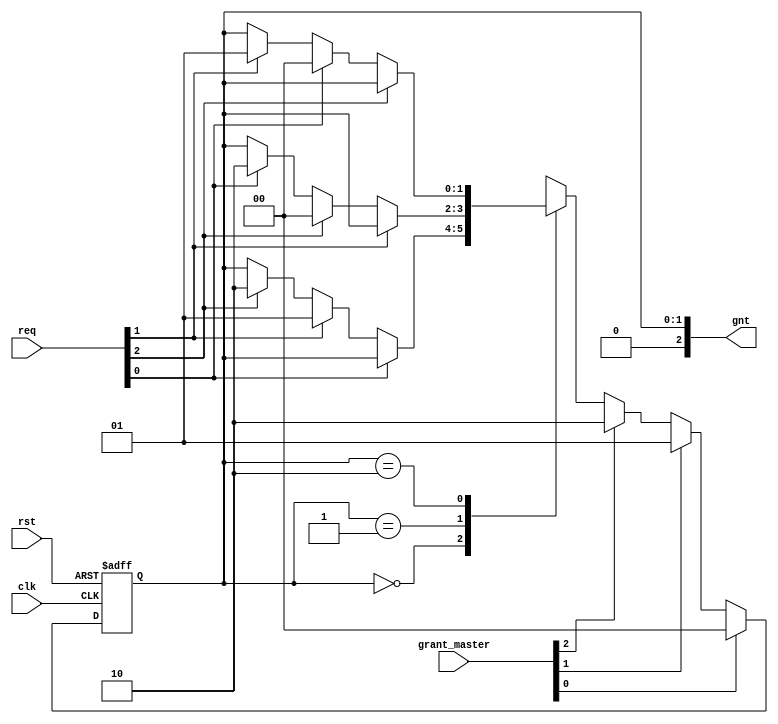
`timescale 1ns / 1ps
//////////////////////////////////////////////////////////////////////////////////
// Company: 
// Engineer: 
// 
// Design Name: 
// Module Name:    wb_conbus_arb 
// Project Name: 
// Target Devices: 
// Tool versions: 
// Description: 
//
// Dependencies: 
//
// Revision: 
// Revision 0.01 - File Created
// Additional Comments: 
//
//////////////////////////////////////////////////////////////////////////////////


module wb_conbus_arb(
		clk, rst, req, gnt, grant_master
    );

input		clk;
input		rst;
input	[2:0]	req;		// Req input
output	[2:0]	gnt; 		// Grant output
//input		next;		// Next Target
input [2:0] grant_master;

parameter	[1:0] grant0 = 3'h0, grant1 = 3'h1, grant2 = 3'h2;

reg [1:0]	state, state_next;

assign	gnt = state;

always@(posedge clk or posedge rst)
	if(rst)		
		state <= grant0;
	else		
		state <= state_next;

///////////////////////////////////////////////////////////////////////
//
// Next State Logic
//   - implements priority arbitration algorithm
//   - switches grant if current req is dropped or next is asserted
//   - parks at last grant
//

always@(state,req, grant_master)
   begin
	state_next = state;	// Default Keep State

	if(grant_master[0])
		begin
			state_next = grant0;
		end
	else
		if(grant_master[1])
			begin
				state_next = grant1;
			end
		else
			if(grant_master[2])
				begin
					state_next=grant2;
				end
			else
					case(state)		// synopsys parallel_case full_case
						grant0:     //high priority
							// if this req is dropped or next is asserted, check for other req's
							if(!req[0] )
								begin
								if(req[1])	state_next = grant1; //medium priority
								else
								if(req[2])	state_next = grant2; //low priority
								end
							grant1:
							// if this req is dropped or next is asserted, check for other req's
							if(!req[1] )  //medium priority
								begin
								if(req[2])	state_next = grant0; //high priority
								else
								if(req[0])	state_next = grant2; //low priority
								end
							grant2:
							// if this req is dropped or next is asserted, check for other req's
							if(!req[2] ) //low priority
								begin
								if(req[0])	state_next = grant0; //high priority
								else
								if(req[1])	state_next = grant1; //medium priority
								end
						endcase
   end
endmodule